Annual statistical returns and brief notes on vaccination in Bengal - 1896-1909
Year: 1896
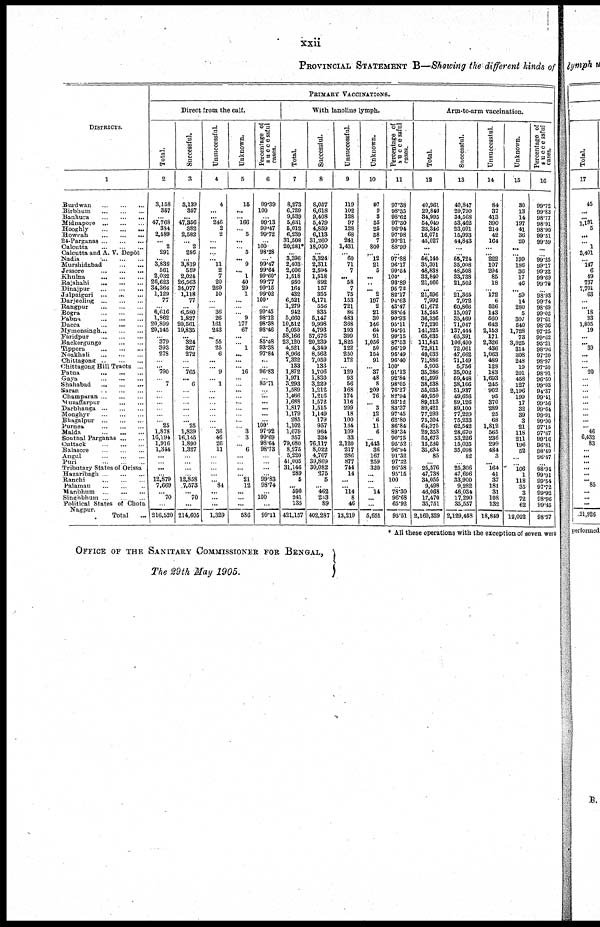
xxii
PROVINCIAL STATEMENT B—Showing the different kinds of
DISTRICTS.
1
Burdwan
...
...
...
Birbhum
...
...
...
Bankura
...
...
...
Midnapore
...
...
...
Hooghly
...
...
...
Howrah
...
...
...
24-Parganas
...
...
...
Calcutta ... ...
Calcutta and A. V. Depôt
Nadia
...
...
...
Murshidabad
...
...
Jessore
...
...
...
Khulna
...
...
...
Rajshahi
...
...
...
Dinajpur
...
...
...
Jalpaiguri ...
... ...
Darjeeling
...
...
...
Rangpur
...
...
...
Bogra
...
...
...
Pabna
...
...
...
Dacca
... ... ...
Mymensingh
...
...
...
Faridpur
...
...
...
Backergunge
...
...
Tippera ... ... ...
Noakhali ... ... ...
Chittagong
...
...
...
Chittagong Hill Tracts ...
Patna
...
...
...
Gaya
...
...
...
Shahabad
...
...
...
Saran
...
...
...
Champaran
...
...
...
Muzaffarpur
...
...
Darbhanga
...
...
...
Monghyr
...
...
...
Bhagalpur
...
...
...
Purnea
...
...
...
Malda
...
...
...
Sonthal Parganas
...
...
Cuttack
...
...
...
Balasore
...
...
...
Angul
...
...
...
Puri
...
...
...
Tributary States of Orissa
Hazaribagh
...
...
...
Ranchi
...
...
...
Palamau
...
...
...
Manbhum
...
...
...
Singhbhum
...
...
...
Political States of Chota
Nagpur.
Total ...
PRIMARY VACCINATIONS.
Direct from the calf.
Total.
2
3,158
357
...
47,768
334
2,589
...
2
291
...
3,839
561
2,032
26,623
34,366
1,129
77
...
6,616
1,862
20,899
20,145
...
379
393
278
...
... 790
...
7
...
...
...
...
...
...
25
1,878
16,194
1,916
1,344
...
...
...
...
12,879
7,669
...
70
...
216,920
Successful.
3
3,139
357
...
47,356
382
2,582
...
2
286
...
3,819
559
2,024
26,563
34,077
1,118
77
...
6,580
1,827
20,561
19,835
...
324
367
272
...
...
765
...
6
...
...
...
...
...
... 25
1,839
16,145
1,890
1,327
...
...
...
...
12,858
7,573
... 70
...
214,605
Unsuccessful.
4
4
...
... 246
2
2
...
...
...
... 11
2
7
20
260
10
...
...
36
26
161
243
...
55
25
6
...
... 9
...
1
...
...
...
...
...
...
...
36
46
26
11
...
...
...
...
... 84
...
...
...
1,329
Unknown.
5
15
...
...
.166
...
5
...
...
5
... 9
... 1
40
29
1
...
...
...
9
177
67
...
... 1
...
...
... 16
...
...
...
...
...
...
...
...
...
3
3
... 6
...
...
...
... 21
12
...
...
...
586
Percentage of
successful
cases.
6
99.39
100
...
99.13
99.47
99.72
...
100
98.28
...
99.47
99.64
99.60
99.77
99.15
99.02
100.
...
99.45
98.12
98.38
98.46
...
85.48
93.38
97.84
...
...
96.83
...
85.71
...
...
...
...
...
...
100.
97.92
99.69
98.64
98.73
...
...
...
...
99.83
98.74
...
100
...
99.11
With lanoline lymph.
Total.
7
8,273
6,729
9,539
5,631
5,012
6,239
31,508
20,281*
...
3,396
2,403
2,606
1,518
950
164
432
6,521
1,279
942
5,660
10,512
5,050
58,166
23,120
4,521
8,966
7,322
133
1,872
1,971
3,293
1,589
1,466
1,688
1,817
1,179
285
1,102
1,079
357
79,680
8,275
5,220
41,005
31,146
289
5
... 590
241
135
421,157
Successful.
8
8,057
6,618
9,408
5,479
4,859
6,113
31,260
18,050
...
3,324
2,311
2,594
1,518
892
157
355
6,171
556
835
5,147
9,998
4,793
57,676
20,239
4,349
8,562
7,059
133
1,706
1,830
3,229
1,212
1,216
1,572
1,515
1,149
179
957
964
324
76,117
8,022
4,767
39,869
30,082
275
5
... 462
263
89
402,287
Unsuccessful.
9
119
102
128
97
128
68
241
1,431
...
60
71
7
...
58
7
75
153
721
86
433
368
193
399
1,825
122
250
172
...
129
93
56
168
174
116
299
18
100
134
109
33
2,120
217
286
877
744
14
...
... 114
8
46
13,219
Unknown.
10
97
9
3
55
25
58
7
800
...
12
21
5
...
...
... 2
197
2
21
30
146
64
91
1,056
50
154
91
... 37
48
8
209
76
... 3
12
6
11
6
...
1,443
36
167
259
320
...
...
...
14
...
...
5,651
Percentage of
successful
cases.
11
97.38
98.35
98.62
97.30
96.94
97.98
99.21
88.99
...
97.88
96.17
99.54
100.
93.89
95.73
82.17
94.63
43.47
88.64
90.93
95.11
94.91
99.15
87.53
96.19
95.49
96.40
100. 91.13
92.84
98.05
76.27
82.94
93.12
83.37
97.45
62.80
86.84
89.34
90.75
95.52
96.94
91.32
97.32
96.58
95.15
100
...
78.30
96.68
65.92
95.51
Arm-to-arm vaccination.
Total.
12
40,961
29,840
84,995
54,049
23,346
16,071
45,027
...
...
56,145
35,301
48,838
33,840
21,566
...
21,596
7,992
61,672
15,245
36,336
72,230
141,325
65,635
111,841
72,811
49,033
71,886
5,903
35,386
61,599
88,538
55,035
49,950
89,513
89,421
77,293
75,304
64,375
29,353
53,673
15,530
35,634
85
...
25,576
47,738
34,055
9,498
46,068
17,470
35,751
2,160,329
Successful.
13
40,847
29,790
34,568
53,462
23,091
15,993
44,843
...
...
55,724
35,008
48,508
33,738
21,502
...
21,365
7,972
60,866
15,097
35,469
71,047
137,444
65,391
106,490
72,061
47,662
71,149
5,756
35,002
59,448
38,166
51,937
49,656
89,126
89,100
77,229
75,233
62,542
28,670
53,226
15,035
35,098
82
...
25,306
47,696
33,900
9,282
46,034
17,290
35,557
2,129,458
Unsuccessful.
14
84
37
413
390
214
42
164
...
...
222
107
294
85
18
... 172
6
526
143
560
643
2,153
171
2,326
436
1,063
489
128
183
1,693
245
902
95
370
289
25
68
1,812
565
236
299
484
3
... 164
41
37
181
31
108
132
18,849
Unknown.
15
30
13
14
197
41
36
20
...
...
199
186
36
17
46
... 59
14
280
5
307
540
1,728
73
3,025
314
308
248
19
201
453
127
2,196
199
17
32
39
3
21
118
211
196
52
...
...
106
1
118
35
3
72
62
12,022
Percentage of
successful
cases.
16
99.72
99.83
98.77
98.91
98.90
99.51
99.59
...
...
99.25
99.17
99.32
99.69
99.70
...
98.93
99.74
98.69
99.02
97.61
98.36
97.25
99.62
95.21
98.96
97.20
98.97
97.50
98.91
96.50
99.03
94.37
99.41
99.56
99.64
99.91
99.90
97.15
97.67
99.16
96.81
98.49
96.47
...
98.94
99.91
99.54
97.72
99.92
98.96
99.45
98.57
* All these operations with the exception of seven were
OFFICE OF THE SANITARY COMMISSIONER FOR BENGAL,
The 29th May 1905.